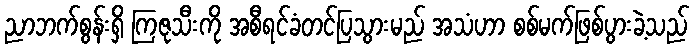
ညာဘက်စွန်းရှိ ကြဇုသီးကို အစီရင်ခံတင်ပြသွားမည် အသံဟာ စစ်မက်ဖြစ်ပွားခဲ့သည်